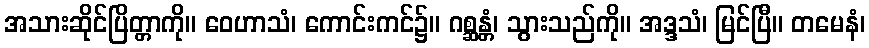
အသားဆိုင်ပြိတ္တာကို။ ဝေဟာသံ၊ ကောင်းကင်၌။ ဂစ္ဆန္တံ၊ သွားသည်ကို။ အဒ္ဒသံ၊ မြင်ပြီ။ တမေနံ၊